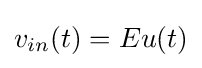
v_{in}(t)=Eu(t)